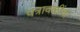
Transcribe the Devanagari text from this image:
पत्रावळींचा